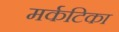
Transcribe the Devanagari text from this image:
मर्कटिका